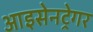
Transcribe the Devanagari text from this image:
आइसेनट्रेगर